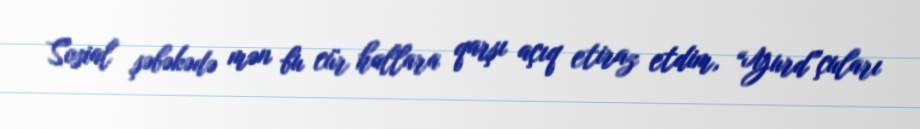
Sosial şəbəkədə mən bu cür hallara qarşı açıq etiraz etdim, “Yurd”çuları